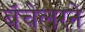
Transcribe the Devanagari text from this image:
बॅचेलरने